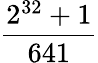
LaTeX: \frac{2^{32}+1}{641}